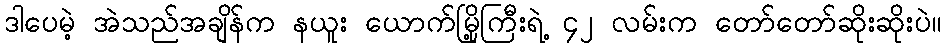
ဒါပေမဲ့ အဲသည်အချိန်က နယူး ယောက်မြို့ကြီးရဲ့ ၄၂ လမ်းက တော်တော်ဆိုးဆိုးပဲ။